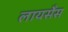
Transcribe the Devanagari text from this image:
लायसेँस